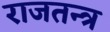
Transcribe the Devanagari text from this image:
राजतन्‍त्र